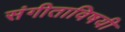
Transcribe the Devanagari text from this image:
संगीताविषयी